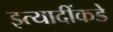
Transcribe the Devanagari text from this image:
इत्यादींकडे